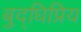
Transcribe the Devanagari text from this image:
बुद्धिप्रिय